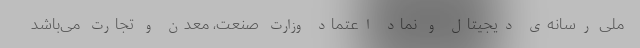
ملی رسانه‌ی دیجیتال و نماد اعتماد وزارت صنعت، معدن و تجارت می‌باشد